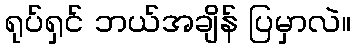
ရုပ်ရှင် ဘယ်အချိန် ပြမှာလဲ။